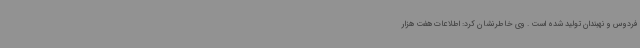
فردوس و نهبندان تولید شده است . وی خاطرنشان کرد: اطلاعات هفت هزار